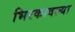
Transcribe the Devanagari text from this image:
भिरकावल्या